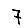
Digit: 7